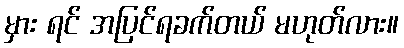
မှား ရင် အပြင်ရခက်တယ် မဟုတ်လား။